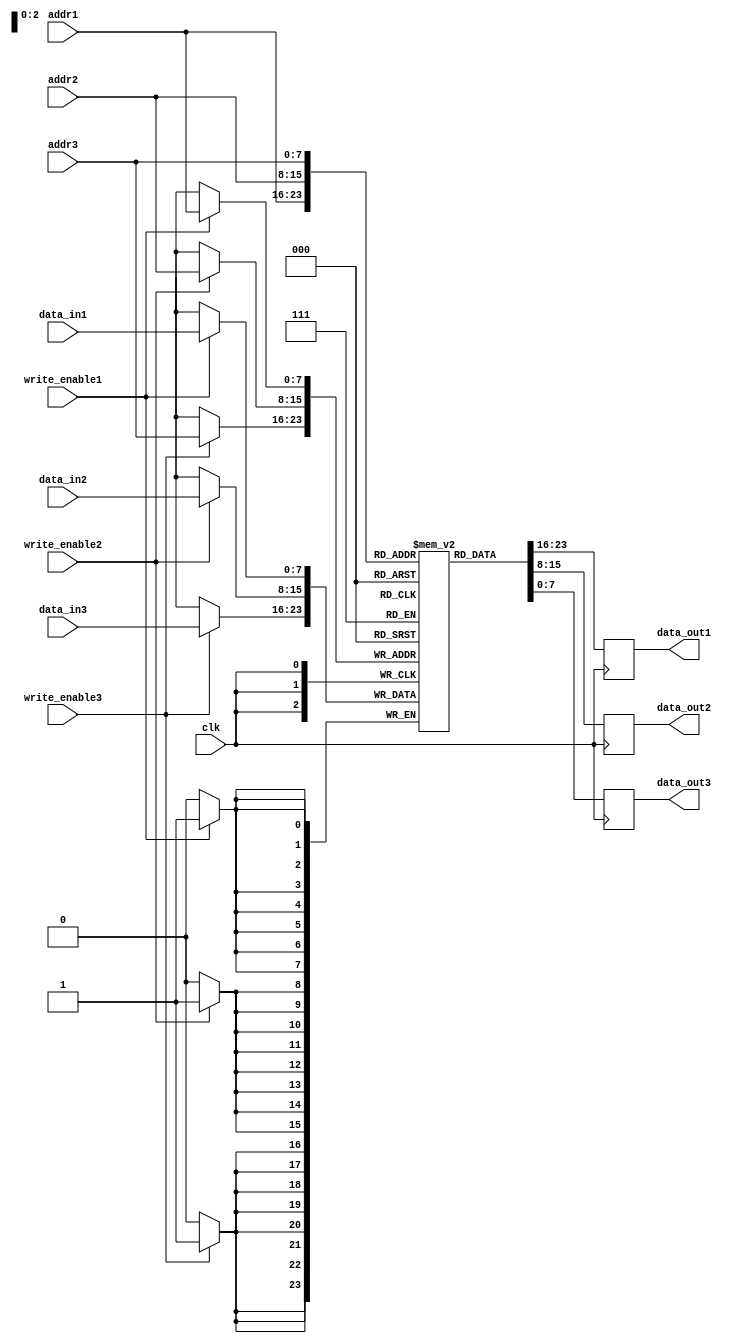
module TriplePortRegisterFile (
    input clk,
    input [7:0] addr1, addr2, addr3,
    input [7:0] data_in1, data_in2, data_in3,
    input write_enable1, write_enable2, write_enable3,
    output reg [7:0] data_out1, data_out2, data_out3
);

reg [7:0] memory [255:0];

always @(posedge clk) begin
    if (write_enable1)
        memory[addr1] <= data_in1;
    
    if (write_enable2)
        memory[addr2] <= data_in2;
    
    if (write_enable3)
        memory[addr3] <= data_in3;
    
    data_out1 <= memory[addr1];
    data_out2 <= memory[addr2];
    data_out3 <= memory[addr3];
end

endmodule